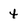
Character: 4